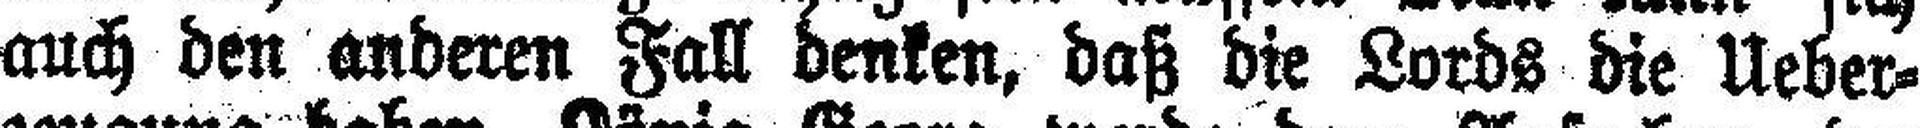
auch den anderen Fall denken, daß die Lords die Ueber¬